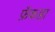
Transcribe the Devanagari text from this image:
फ़ॅकडा